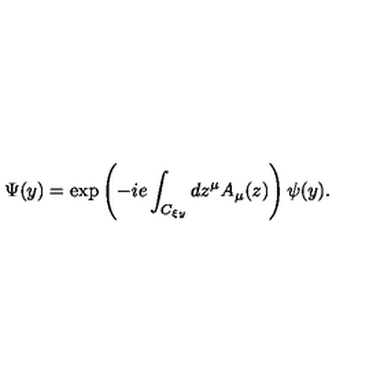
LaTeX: \Psi ( y ) = \exp \left( { - i e \int _ { C _ { \xi y } } { d z ^ { \mu } A _ { \mu } ( z ) } } \right) \psi ( y ) .